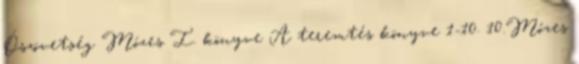
Ószövetség Mózes I. könyve A teremtés könyve 1-10. 10.Mózes